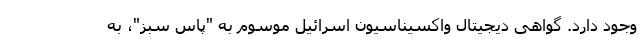
وجود دارد. گواهی دیجیتال واکسیناسیون اسرائیل موسوم به "پاس سبز"، به